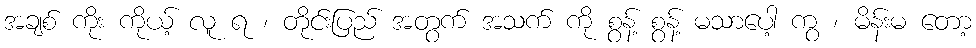
အချစ် ကိုး ကိုယ့် လူ ရ ၊ တိုင်းပြည် အတွက် အသက် ကို စွန့် စွန့် မသာပေါ့ ကွ ၊ မိန်းမ တော့